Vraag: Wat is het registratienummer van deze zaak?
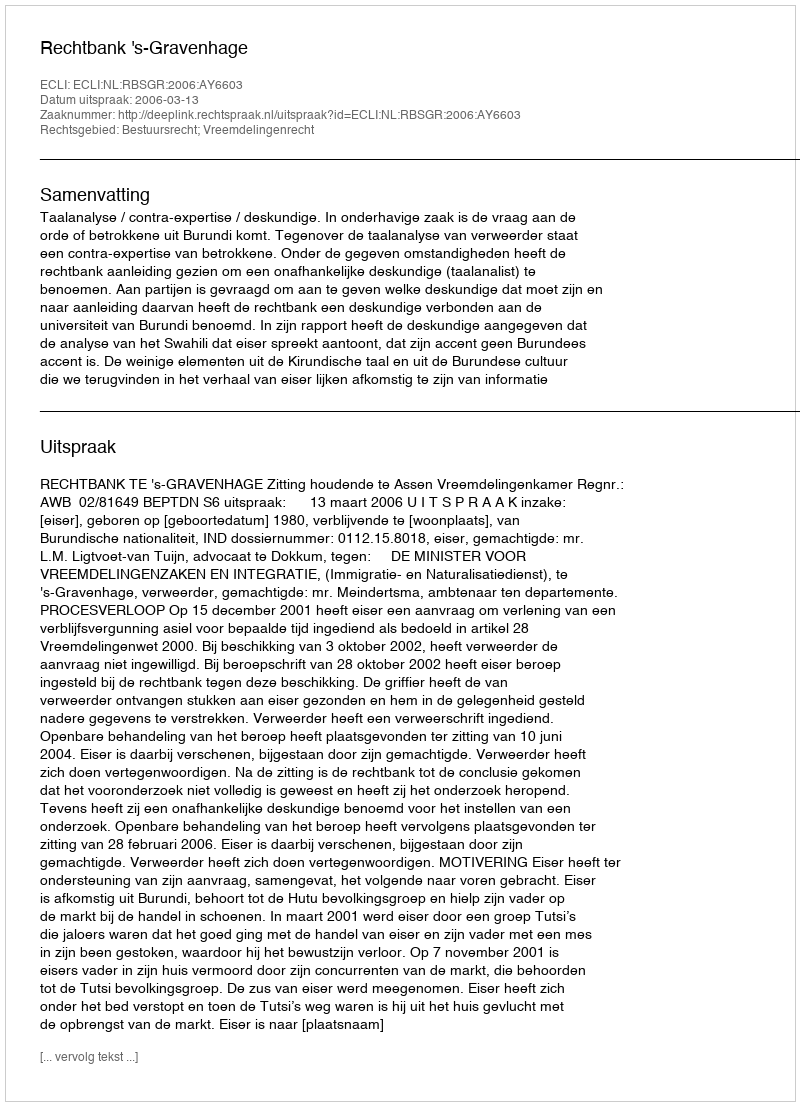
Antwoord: http://deeplink.rechtspraak.nl/uitspraak?id=ECLI:NL:RBSGR:2006:AY6603